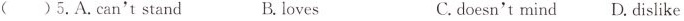
( ) 5. A. Can't stand B. loves C. doesn't mind D. dislike